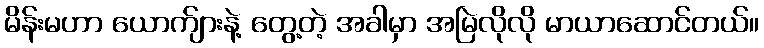
မိန်းမဟာ ယောက်ျားနဲ့ တွေ့တဲ့ အခါမှာ အမြဲလိုလို မာယာဆောင်တယ်။